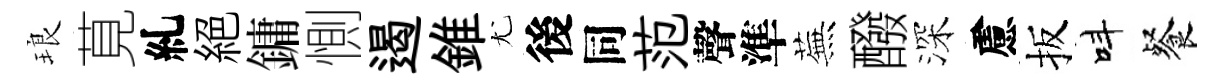
琅莧糺絕鏞惻遏錐尤後同范聲準蕪醱深慮扳呌餐